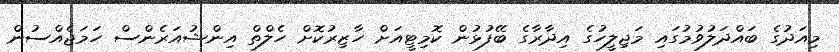
މިއަދުގެ ބައްދަލުވުމުގައި މަޖިލީހުގެ އިދާރާގެ ބޭފުޅުން ކޮމިޓީއަށް ހާޒިރުކޮށް ހެލްތް އިންޝުއަރެންސް ހަމަޖެއްސުން